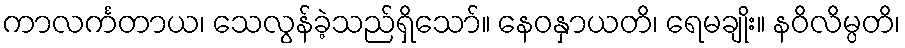
ကာလင်္ကတာယ၊ သေလွန်ခဲ့သည်ရှိသော်။ နေဝနှာယတိ၊ ရေမချိုး။ နဝိလိမ္ပတိ၊